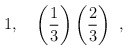
\begin{align*}1,\quad \left(\frac{1}{3}\right)\left(\frac{2}{3}\right)\ ,\end{align*}